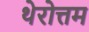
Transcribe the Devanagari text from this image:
थेरोत्तम